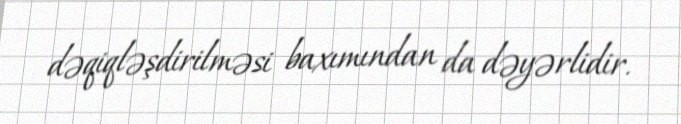
dəqiqləşdirilməsi baxımından da dəyərlidir.